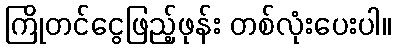
ကြိုတင်ငွေဖြည့်ဖုန်း တစ်လုံးပေးပါ။